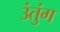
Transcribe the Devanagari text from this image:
उंतुंग